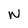
Character: w